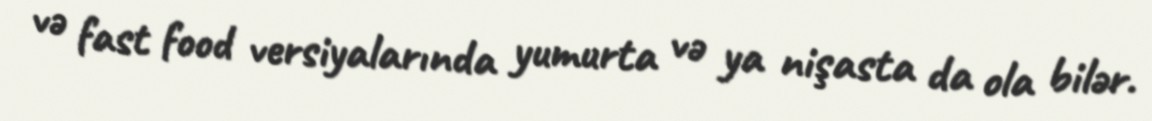
və fast food versiyalarında yumurta və ya nişasta da ola bilər.